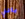
يافتي